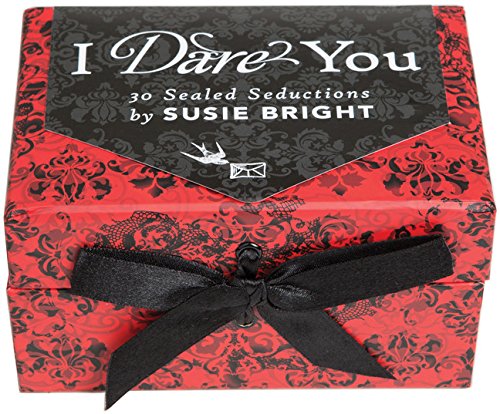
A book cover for I Dare You: 30 Sealed Seductions; Science Fiction & Fantasy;